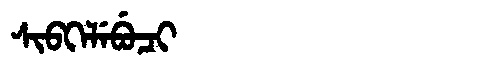
Manchu: ᠰᡳᠪᡴᡝᠯᡝᠪᡠᠴᡳ
Romanization: SIBKELEBUCI